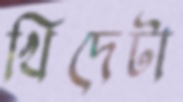
খিদেটা